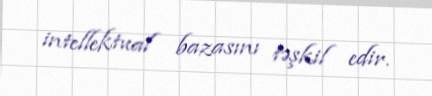
intellektual bazasını təşkil edir.